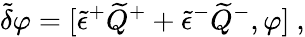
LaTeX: \tilde{\delta}\varphi=[\tilde{\epsilon}^{+}\widetilde{Q}^{+}+\tilde{\epsilon}^{-}\widetilde{Q}^{-},\varphi]~,